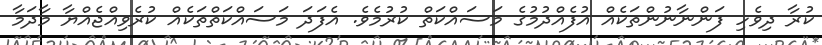
ކުރާ ދިވެހި ފަންނާނުންތަކެއް އުފެއްދުމުގެ މަސައްކަތް ކުރުމެވެ. އެފަދަ މަސައްކަތްތަކެއް ކުރެވިއްޖެއްޔާ މާދަމާ